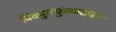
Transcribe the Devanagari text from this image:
विद्युतचुंबकशास्त्र